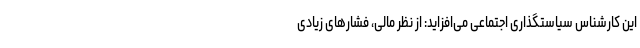
این کارشناس سیاستگذاری اجتماعی می‌افزاید: از نظر مالی، فشارهای زیادی